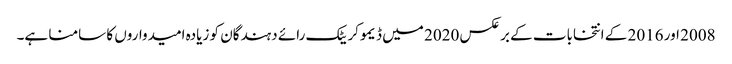
2008 اور 2016 کے انتخابات کے برعکس 2020 میں ڈیموکریٹک رائے دہندگان کو زیادہ امیدواروں کا سامنا ہے۔